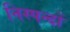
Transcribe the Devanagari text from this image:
निस्पन्दों